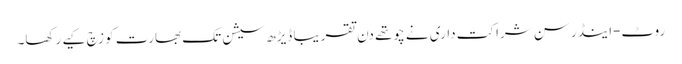
روٹ-اینڈرسن شراکت داری نے چوتھے دن تقریباً ڈیڑھ سیشن تک بھارت کو زچ کیے رکھا۔